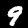
Label: 9